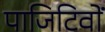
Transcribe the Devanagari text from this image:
पाजिटिवों